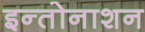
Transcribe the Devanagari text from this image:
इन्तोनाशन